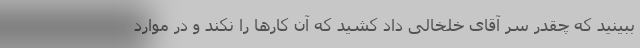
ببینید که چقدر سر آقای خلخالی داد کشید که آن کارها را نکند و در موارد